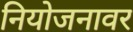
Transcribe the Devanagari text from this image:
नियोजनावर